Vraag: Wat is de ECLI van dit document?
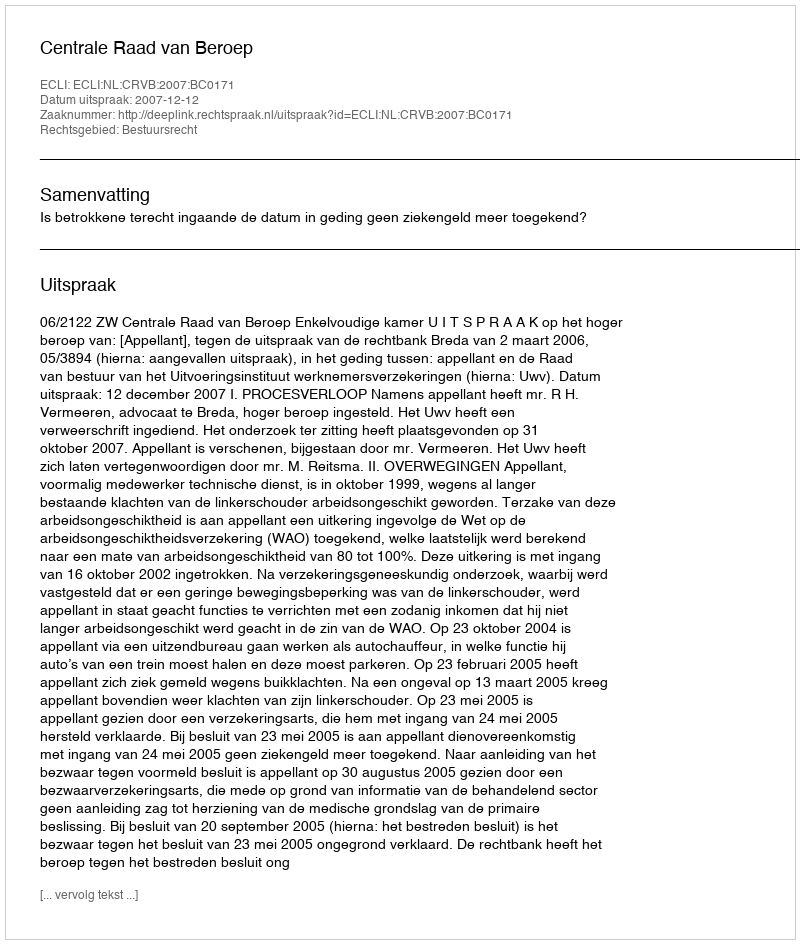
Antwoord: ECLI:NL:CRVB:2007:BC0171